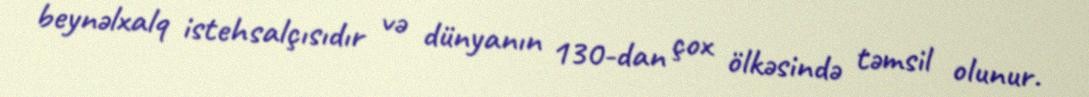
beynəlxalq istehsalçısıdır və dünyanın 130-dan çox ölkəsində təmsil olunur.